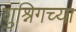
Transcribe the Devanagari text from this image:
शुश्निगच्या